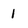
Character: 1